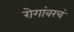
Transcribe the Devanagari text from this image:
रोगांवरचं